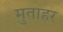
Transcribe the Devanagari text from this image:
मुताहर